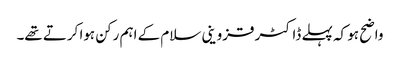
واضح ہو کہ پہلے ڈاکٹر قزوینی سلام کے اہم رکن ہوا کرتے تھے۔